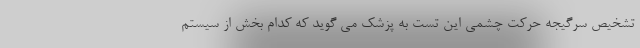
تشخیص سرگیجه حرکت چشمی این تست به پزشک می گوید که کدام بخش از سیستم